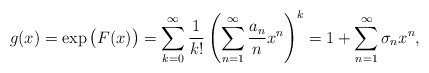
\begin{align*} g(x)&= \exp\big(F(x)\big) =\sum_{k=0}^\infty \frac1{k!}\left(\sum_{n=1}^\infty \frac{a_n}{n}x^n\right)^k =1+\sum_{n=1}^\infty \sigma_n x^n,\end{align*}